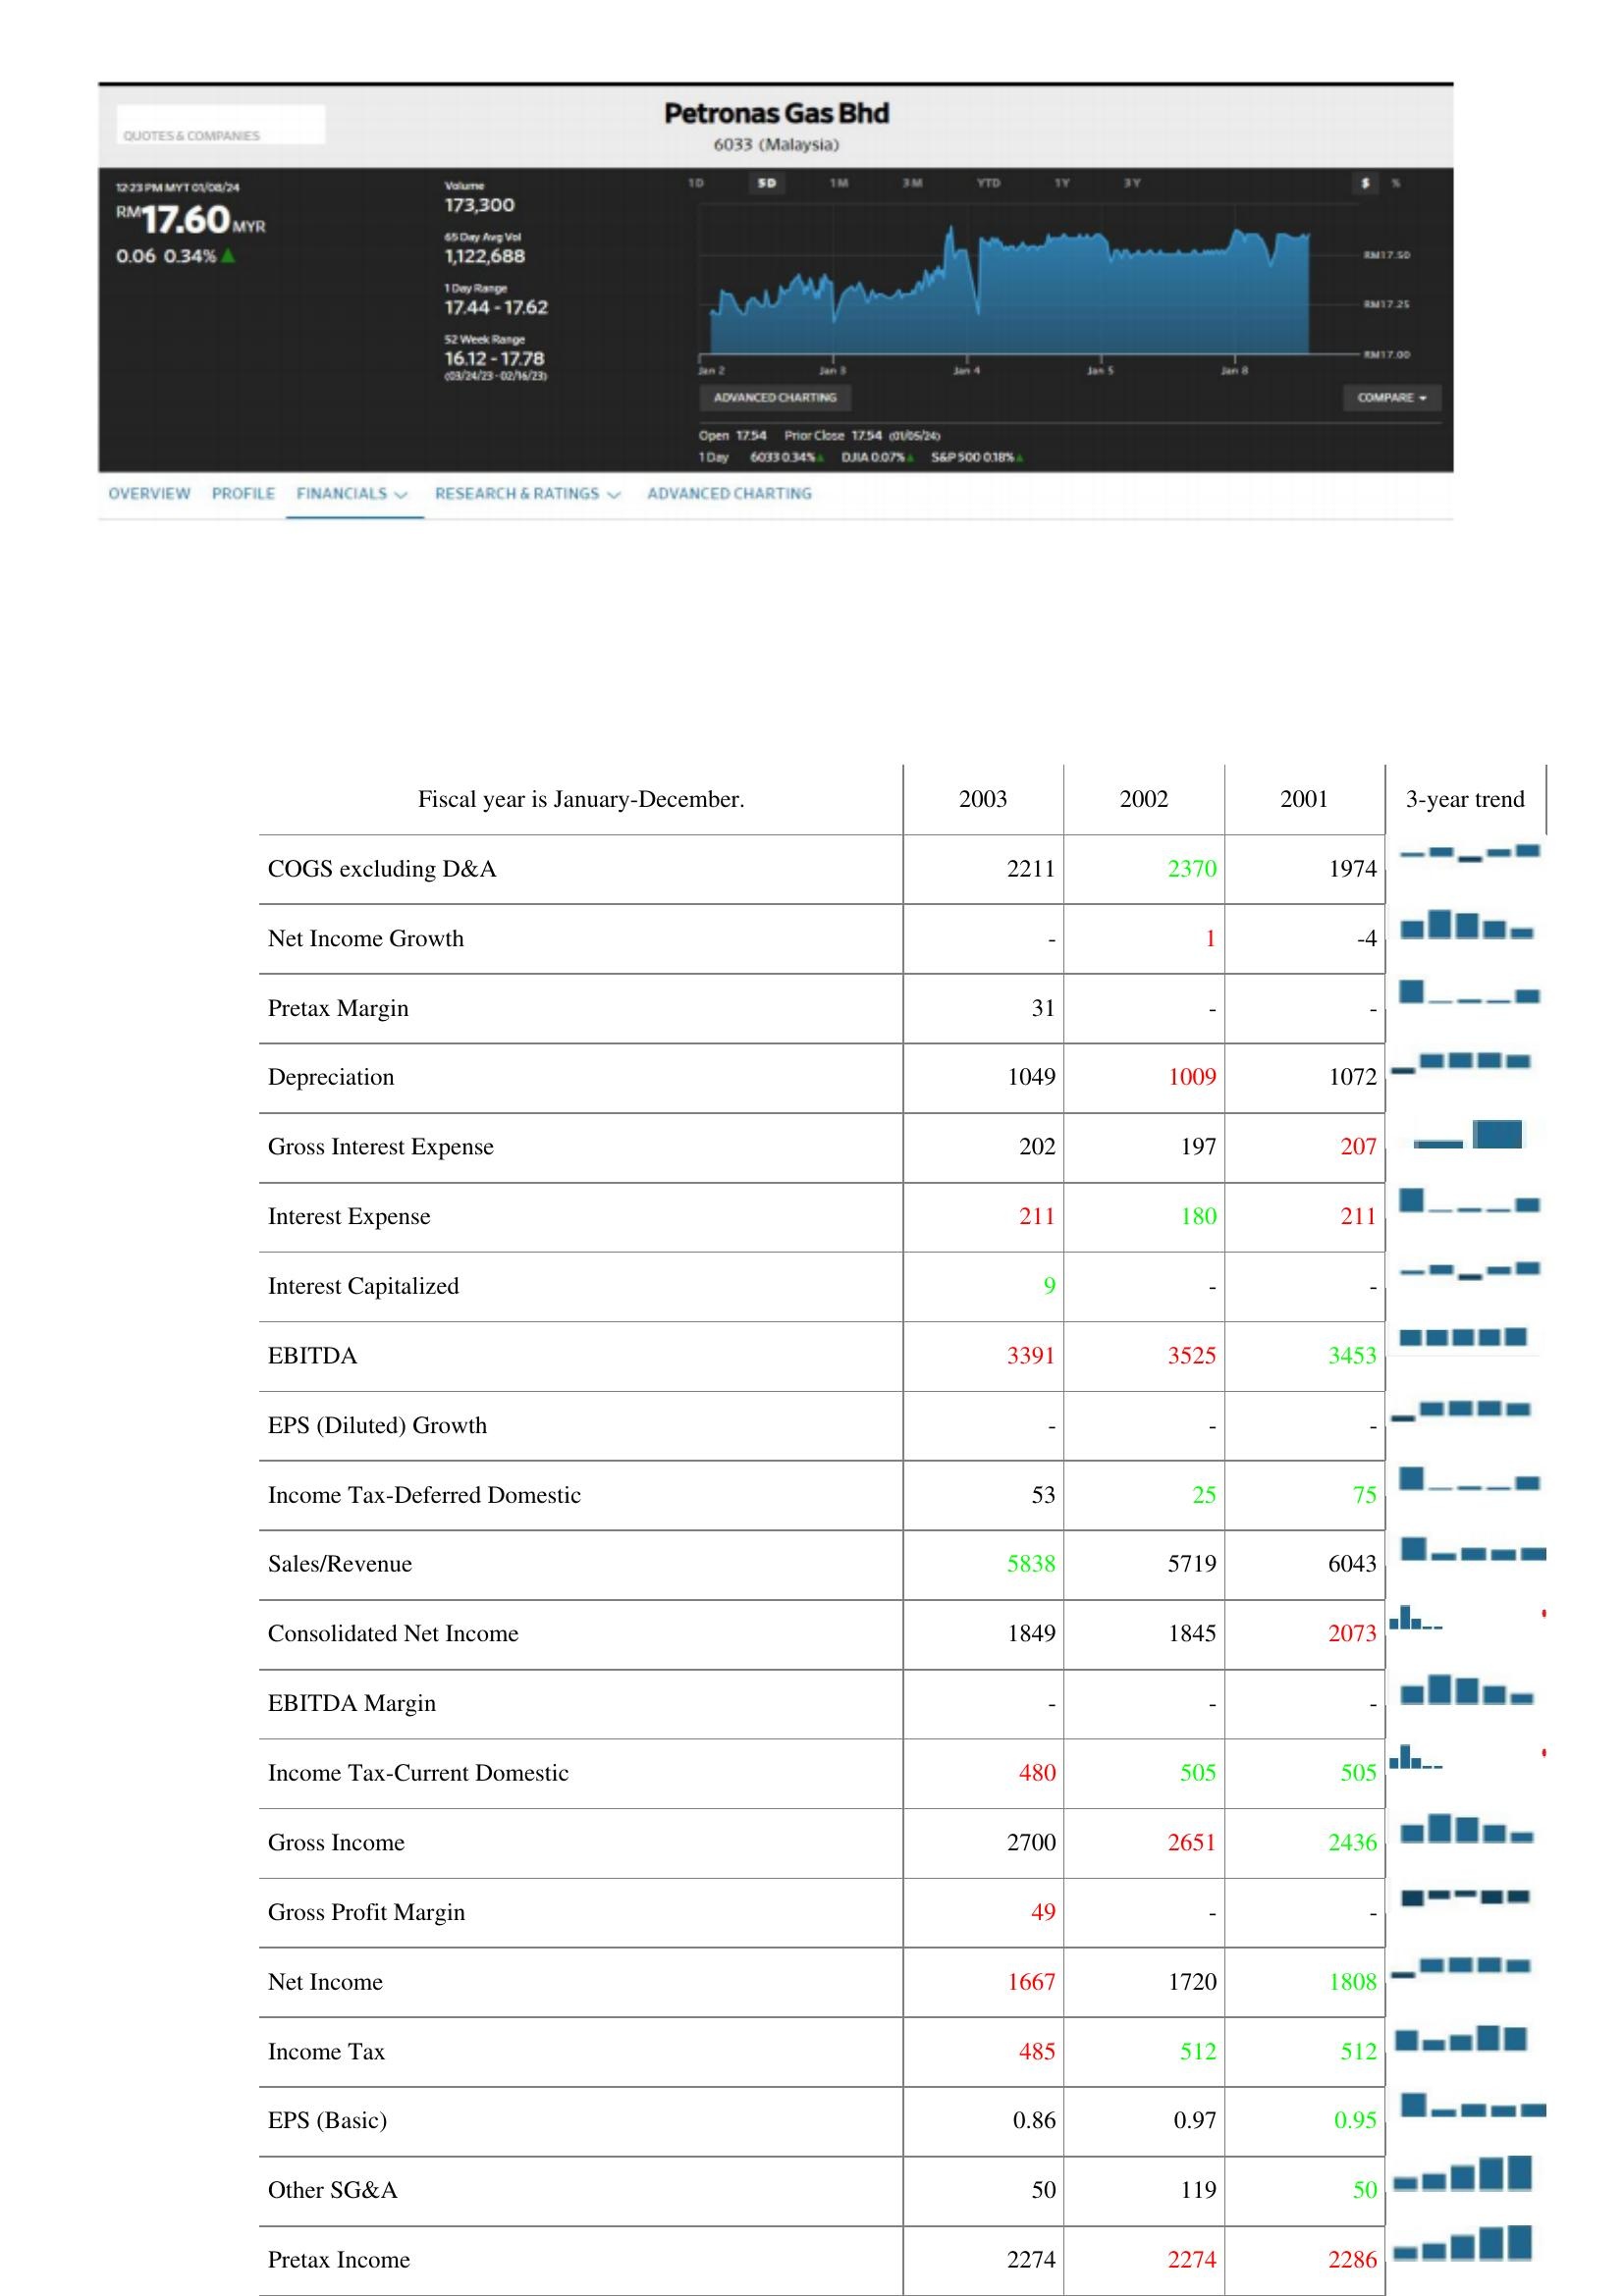
2003: : COGS excluding D&A: 2211
Net Income Growth: -
Pretax Margin: 31
Depreciation: 1049
Gross Interest Expense: 202
Interest Expense: 211
Interest Capitalized: 9
EBITDA: 3391
EPS (Diluted) Growth: -
Income Tax-Deferred Domestic: 53
Sales/Revenue: 5838
Consolidated Net Income: 1849
EBITDA Margin: -
Income Tax-Current Domestic: 480
Gross Income: 2700
Gross Profit Margin: 49
Net Income: 1667
Income Tax: 485
EPS (Basic): 0.86
Other SG&A: 50
Pretax Income: 2274
2002: : COGS excluding D&A: 2370
Net Income Growth: 1
Pretax Margin: -
Depreciation: 1009
Gross Interest Expense: 197
Interest Expense: 180
Interest Capitalized: -
EBITDA: 3525
EPS (Diluted) Growth: -
Income Tax-Deferred Domestic: 25
Sales/Revenue: 5719
Consolidated Net Income: 1845
EBITDA Margin: -
Income Tax-Current Domestic: 505
Gross Income: 2651
Gross Profit Margin: -
Net Income: 1720
Income Tax: 512
EPS (Basic): 0.97
Other SG&A: 119
Pretax Income: 2274
2001: : COGS excluding D&A: 1974
Net Income Growth: -4
Pretax Margin: -
Depreciation: 1072
Gross Interest Expense: 207
Interest Expense: 211
Interest Capitalized: -
EBITDA: 3453
EPS (Diluted) Growth: -
Income Tax-Deferred Domestic: 75
Sales/Revenue: 6043
Consolidated Net Income: 2073
EBITDA Margin: -
Income Tax-Current Domestic: 505
Gross Income: 2436
Gross Profit Margin: -
Net Income: 1808
Income Tax: 512
EPS (Basic): 0.95
Other SG&A: 50
Pretax Income: 2286